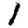
Digit: 1